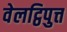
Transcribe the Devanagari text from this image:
वेलट्ठिपुत्त